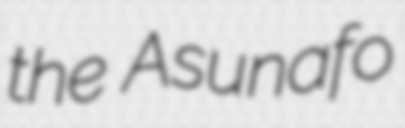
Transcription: the Asunafo